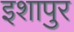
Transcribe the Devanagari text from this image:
इशापुर